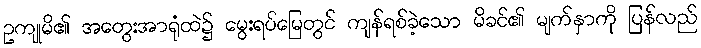
ဥကျုမိ၏ အတွေးအာရုံထဲ၌ မွေးရပ်မြေတွင် ကျန်ရစ်ခဲ့သော မိခင်၏ မျက်နှာကို ပြန်လည်